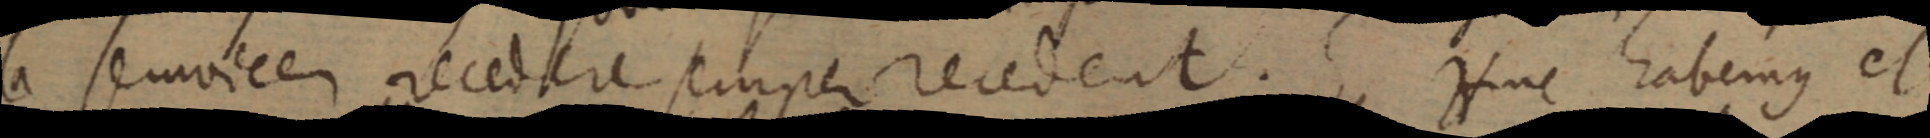
a servicem recedare semper recedent. Hinc habemus et